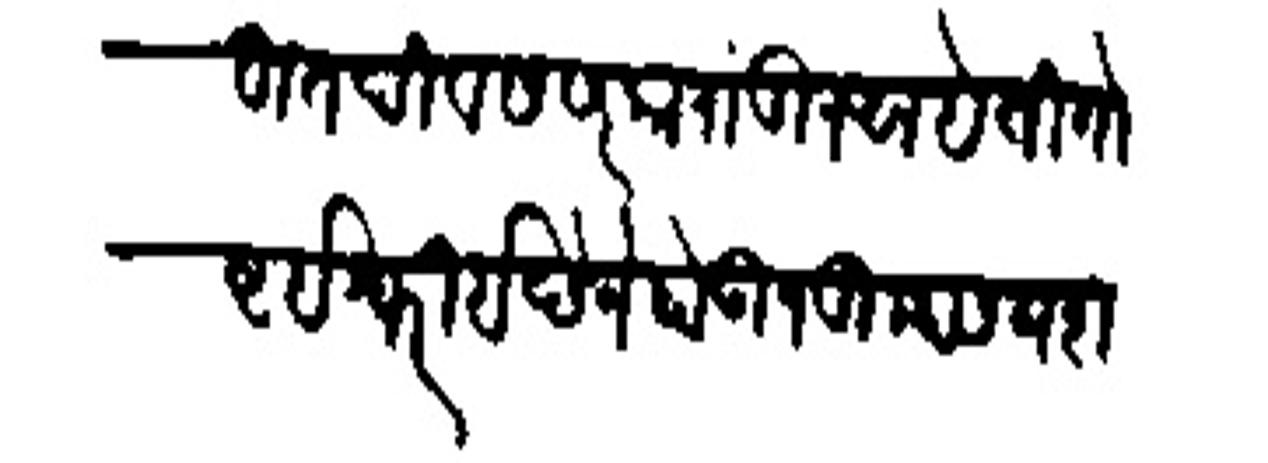
Transliteration (Devanagari): बहुत दिवस सरकारांतून आहे ती गोष्ट ईश्वरी इच्छेने होऊन तुम्हास यश